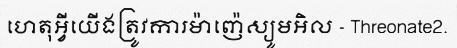
ហេតុអ្វីយើងត្រូវការម៉ាញ៉េស្យូមអិល - Threonate2.